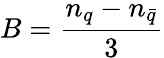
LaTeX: B={\frac{n_{q}-n_{\bar{q}}}{3}}